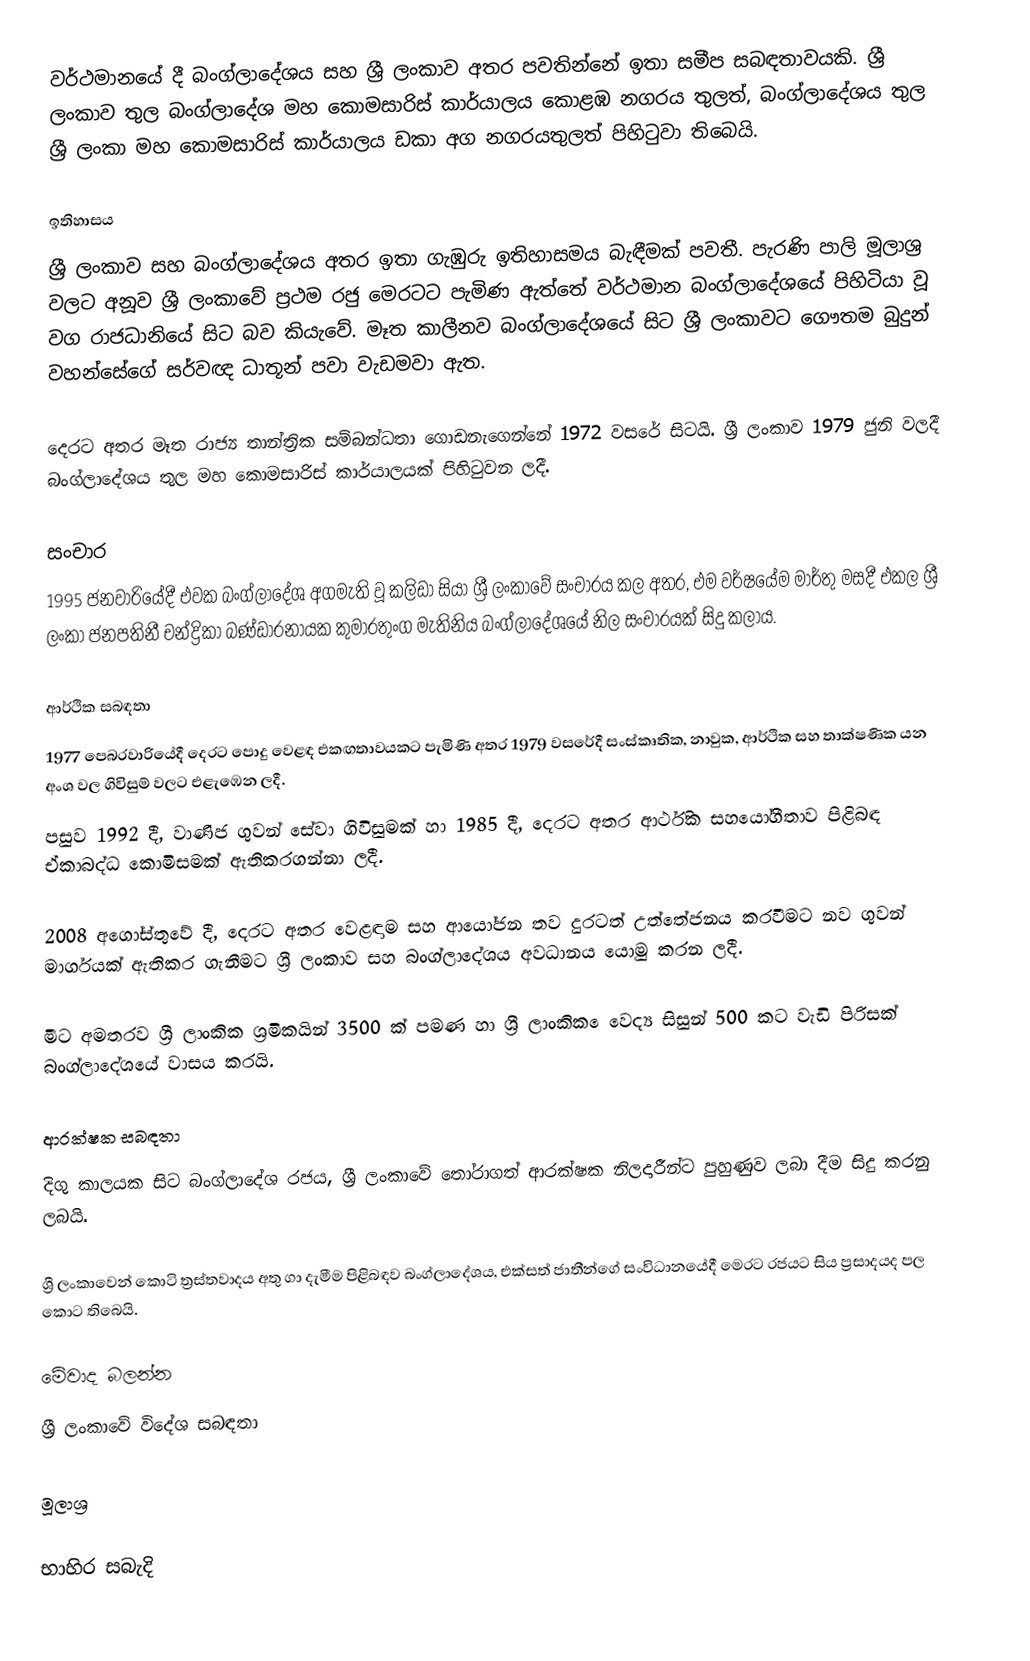
වර්ථමානයේ දී බංග්ලාදේශය සහ ශ්‍රී ලංකාව අතර පවතින්නේ ඉතා සමීප සබඳතාවයකි. ශ්‍රී ලංකාව තුල බංග්ලාදේශ මහ කොමසාරිස් කාර්යාලය කොළඹ නගරය තුලත්, බංග්ලාදේශය තුල ශ්‍රී ලංකා මහ කොමසාරිස් කාර්යාලය ඩකා අග නගරයතුලත් පිහිටුවා තිබෙයි.

ඉතිහාසය
ශ්‍රී ලංකාව සහ බංග්ලාදේශය අතර ඉතා ගැඹුරු ඉතිහාසමය බැඳීමක් පවතී. පැරණි පාලි මූලාශ්‍ර වලට අනූව ශ්‍රී ලංකාවේ ප්‍රථම රජු මෙරටට පැමිණ ඇත්තේ වර්ථමාන බංග්ලාදේශයේ පිහිටියා වූ වග රාජධානියේ සිට බව කියැවේ. මෑත කාලීනව බංග්ලාදේශයේ සිට ශ්‍රී ලංකාවට ගෞතම බුදුන් වහන්සේගේ සර්වඥ ධාතූන් පවා වැඩමවා ඇත.

දෙරට අතර මෑත රාජ්‍ය තාන්ත්‍රික සම්බන්ධතා ගොඩනැගෙන්නේ 1972 වසරේ සිටයි. ශ්‍රී ලංකාව 1979 ජුනි වලදී බංග්ලාදේශය තුල මහ කොමසාරිස් කාර්යාලයක් පිහිටුවන ලදී.

සංචාර
1995 ජනවාරියේදී එවක බංග්ලාදේශ අගමැති වූ කලිඩා සියා ශ්‍රී ලංකාවේ සංචාරය කල අතර, එම වර්ෂයේම මාර්තු මසදී එකල ශ්‍රී ලංකා ජනපතිනී චන්ද්‍රිකා බණ්ඩාරනායක කුමාරතුංග මැතිනිය බංග්ලාදේශයේ නිල සංචාරයක් සිදු කලාය.

ආර්ථික සබඳතා
1977 පෙබරවාරියේදී දෙරට පොදු වෙළඳ එකඟතාවයකට පැමිණි අතර 1979 වසරේදී සංස්කෘතික, නාවුක, ආර්ථික සහ තාක්ෂණික යන අංශ වල ගිවිසුම් වලට එළැඹෙන ලදී.
පසුව 1992 දී, වාණිජ ගුවන් සේවා ගිවිසුමක් හා 1985 දී, දෙරට අතර ආර්ථික සහයෝගීතාව පිළිබඳ ඒකාබද්ධ කොමිසමක් ඇතිකරගන්නා ලදී.

2008 අගෝස්තුවේ දී, දෙරට අතර වෙළඳාම සහ ආයෝජන තව දුරටත් උත්තේජනය කරවීමට නව ගුවන් මාර්ගයක් ඇතිකර ගැනීමට ශ්‍රී ලංකාව සහ බංග්ලාදේශය අවධානය යොමු කරන ලදී.

මීට අමතරව ශ්‍රී ලාංකික ශ්‍රමිකයින් 3500 ක් පමණ හා ශ්‍රී ලාංකික ෙවෙද්‍ය සිසුන් 500 කට වැඩි පිරිසක් බංග්ලාදේශයේ වාසය කරයි.

ආරක්ෂක සබඳතා
දිගු කාලයක සිට බංග්ලාදේශ රජය, ශ්‍රී ලංකාවේ තෝරාගත් ආරක්ෂක නිලදාරීන්ට පුහුණුව ලබා දීම සිදු කරනු ලබයි.

ශ්‍රී ලංකාවෙන් කොටි ත්‍රස්තවාදය අතු ගා දැමීම පිළිබඳව බංග්ලාදේශය, එක්සත් ජාතීන්ගේ සංවිධානයේදී මෙරට රජයට සිය ප්‍රසාදයද පල කොට තිබෙයි.

මේවාද බලන්න
ශ්‍රී ලංකාවේ විදේශ සබඳතා

මූලාශ්‍ර

භාහිර සබැදි